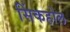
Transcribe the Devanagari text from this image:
सिंकहोल